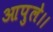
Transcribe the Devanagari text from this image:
आपुले।।